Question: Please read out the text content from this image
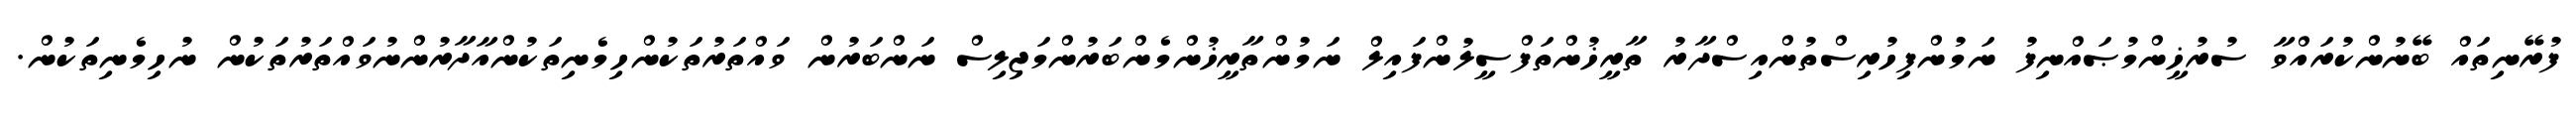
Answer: ފުރޭނިތައް ބޭނުންކުރައްވާ ސުރުޚީންމުޞައްނިފު ނަމުންފިހުރިސްތުންއިސްދާރު ތާރީޚުންތަފްސީލުންފައިލް ނަމުންތާރީޚުންމެންބަރުންމަޖިލިސް ނަންބަރުން ވައްތަރުތަކުންހިމެނިތަކުންއާދާރުންނުވައްތަރުތަކުން ނުހިމެނިތަކުން.